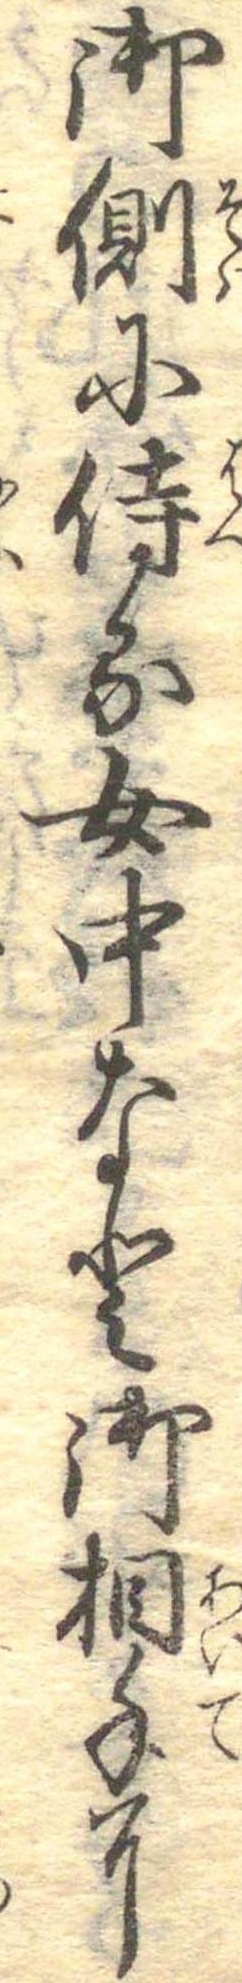
御側に侍る女中なと御相手に